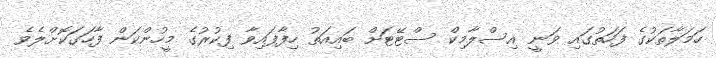
ހަމަލާތަކުގެ ފަހަތުގައި ވަނީ އިސްލާމިކް ސްޓޭޓަށް ބައިއަތު ހިފާފައިވާ ފިކުރުގެ މީހުންކަން ފާހަގަކޮށްލެވެ